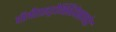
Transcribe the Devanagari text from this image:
पॉलीहाइड्रोक्सिहेक्सानोट